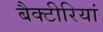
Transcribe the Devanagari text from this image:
बैक्टीरियां